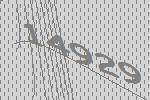
14929